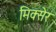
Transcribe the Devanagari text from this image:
मिक्सेर